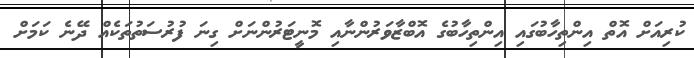
ކުރިއަށް އޮތް އިންތިހާބުގައި އިންތިހާބުގެ އޮބްޒާވަރުންނާއި މޮނީޓަރުންނަށް ގިނަ ފުރުސަތުތަކެއް ދޭނެ ކަމަށް